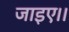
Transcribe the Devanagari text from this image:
जाइए।।